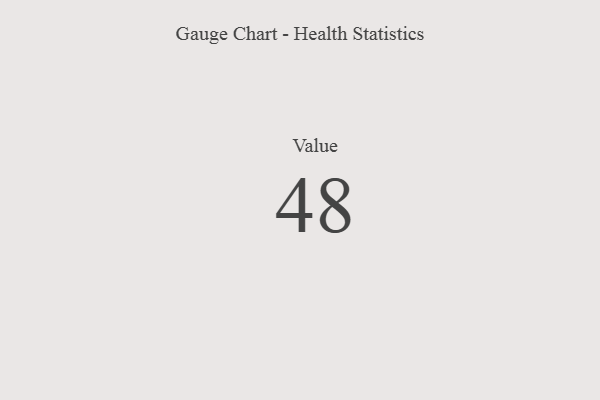
{"axis": {"x": "Metric", "y": "Value"}, "legend": [""], "data": [{"x": "Value", "y": 48, "type": ""}]}